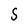
Character: S